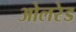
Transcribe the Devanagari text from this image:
ओलरेड